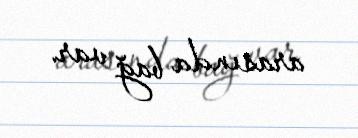
arasında bağ var.